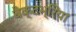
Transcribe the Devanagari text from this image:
बैक्टभ्रिया